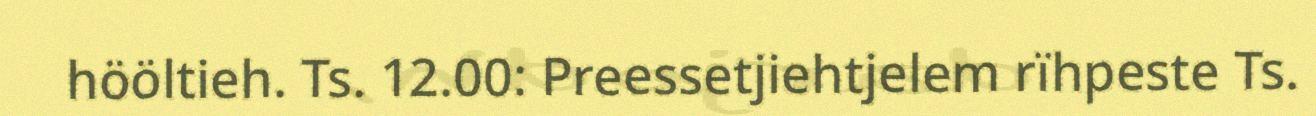
hööltieh. Ts. 12.00: Preessetjiehtjelem rïhpeste Ts.